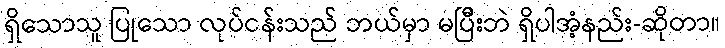
ရှိသောသူ ပြုသော လုပ်ငန်းသည် ဘယ်မှာ မပြီးဘဲ ရှိပါအံ့နည်း-ဆိုတာ။